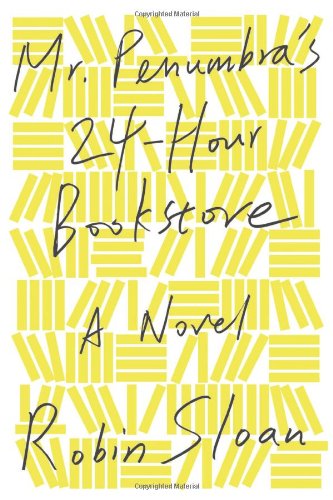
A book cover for Mr. Penumbra's 24-Hour Bookstore: A Novel; Robin Sloan; Literature & Fiction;